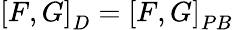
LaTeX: \left[F,G\right]_{D}=\left[F,G\right]_{PB}